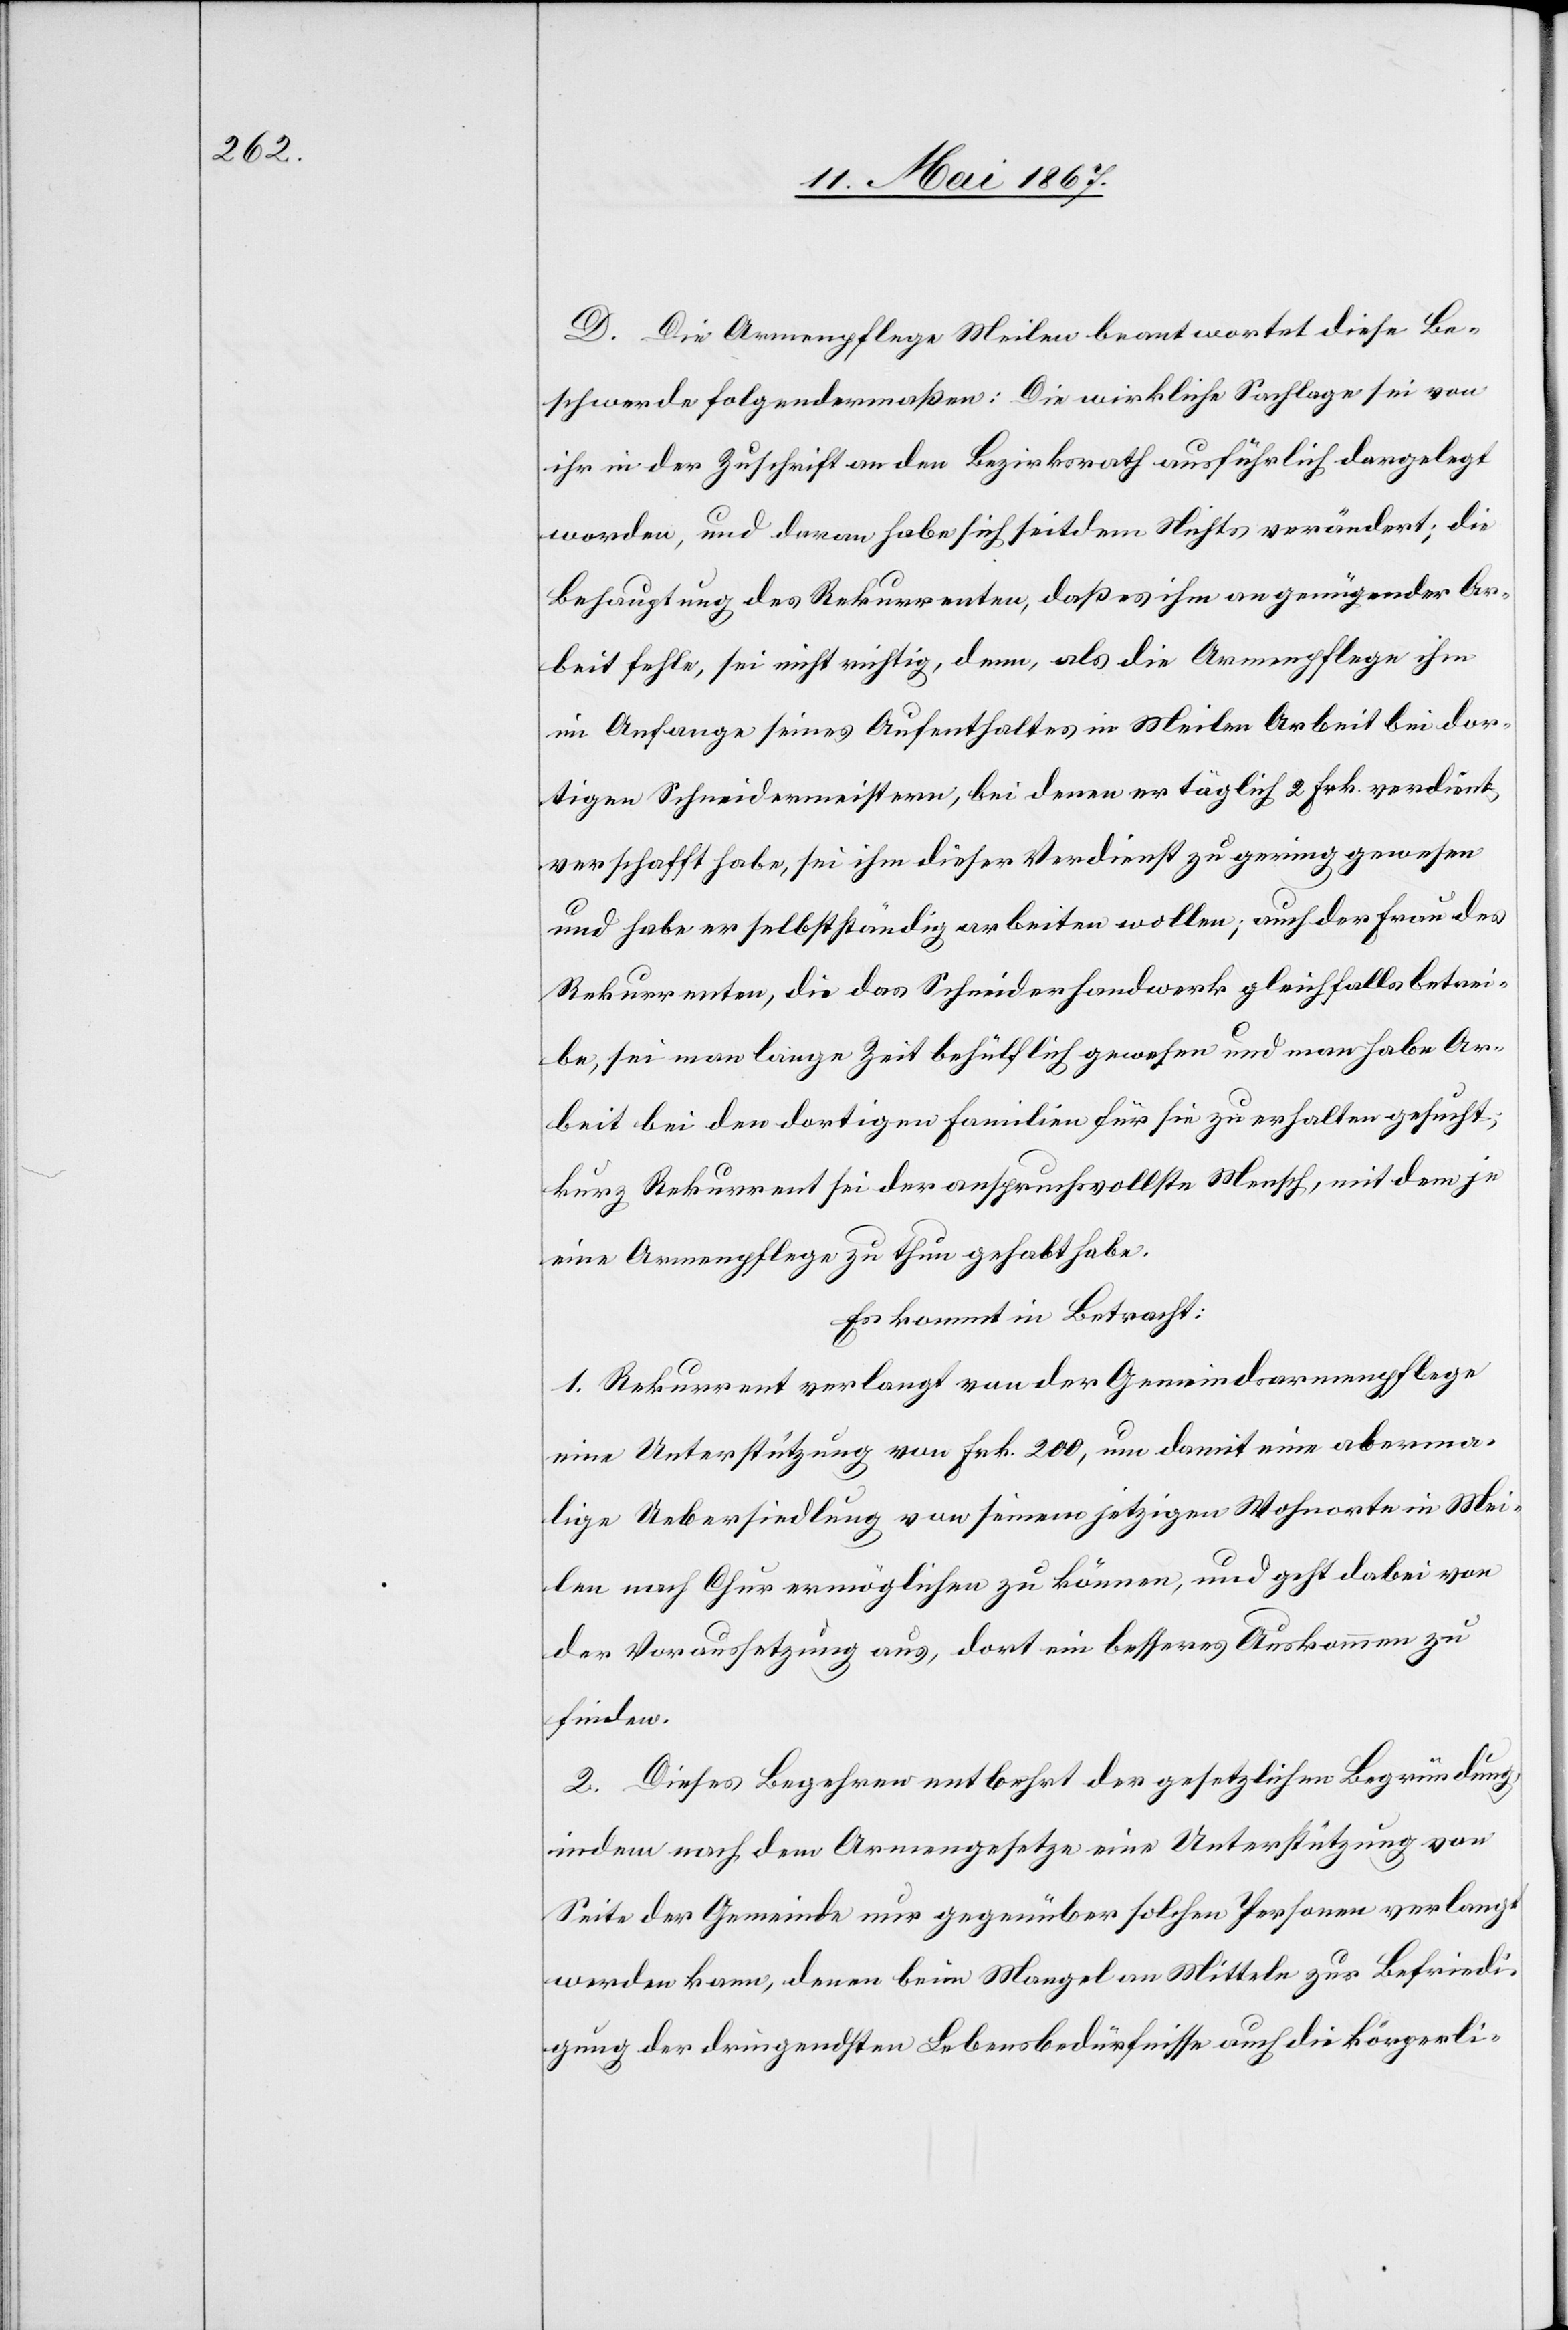
D. Die Armenpflege Meilen beantwortet diese Be¬
schwerde folgendermaßen: Die wirkliche Sachlage sei von
ihr in der Zuschrift an den Bezirksrath ausführlich dargelegt
worden, und daran habe sich seitdem Nichts verändert; die
Behauptung des Rekurrenten, daß es ihm an genügender Ar¬
beit fehle, sei nicht richtig, denn, als die Armenpflege ihm
im Anfange seines Aufenthaltes in Meilen Arbeit bei dor¬
tigen Schneidermeistern, bei denen er täglich 2 Frk. verdient,
verschafft habe, sei ihm dieser Verdienst zu gering gewesen
und habe er selbstständig arbeiten wollen; auch der Frau des
Rekurrenten, die das Schneiderhandwerk gleichfalls betrei¬
be, sei man lange Zeit behülflich gewesen und man habe Ar¬
beit bei den dortigen Familien für sie zu erhalten gesucht;
kurz Rekurrent sei der anspruchsvollste Mensch, mit dem je
eine Armenpflege zu thun gehabt habe.
Es kommt in Betracht:
1. Rekurrent verlangt von der Gemeindsarmenpflege
eine Unterstützung von Frk. 200, um damit eine aberma¬
lige Uebersiedlung von seinem jetzigen Wohnorte in Mei¬
len nach Chur ermöglichen zu können, und geht dabei von
der Voraussetzung aus, dort ein besseres Auskommen zu
finden.
2. Dieses Begehren entbehrt der gesetzlichen Begründung
indem nach dem Armengesetze eine Unterstützung von
Seite der Gemeinde nur gegenüber solchen Personen verlangt
werden kann, denen beim Mangel an Mitteln zur Befriedi¬
gung der dringendsten Lebensbedürfnissen auch die körperli-